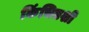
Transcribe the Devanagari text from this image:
किंचितशी